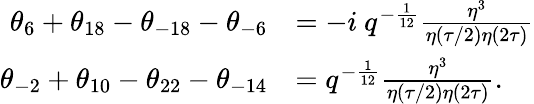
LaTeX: \begin{array}{rl}{{\theta_{6}+\theta_{18}-\theta_{-18}-\theta_{-6}}}&{{=-i~q^{-{\frac{1}{12}}}{\frac{\eta^{3}}{\eta(\tau/2)\eta(2\tau)}}}}\\ {{\theta_{-2}+\theta_{10}-\theta_{22}-\theta_{-14}}}&{{=q^{-{\frac{1}{12}}}{\frac{\eta^{3}}{\eta(\tau/2)\eta(2\tau)}}.}}\end{array}